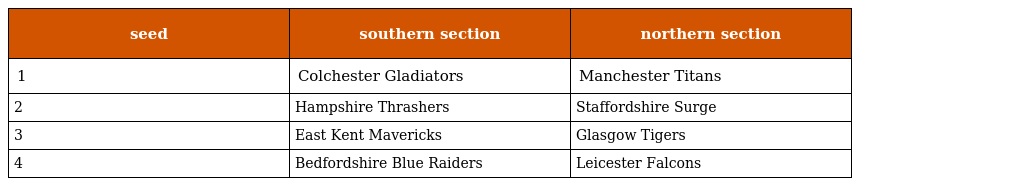
| seed | southern section | northern section |
 | --- | --- | --- |
 | 1 | Colchester Gladiators | Manchester Titans |
 | 2 | Hampshire Thrashers | Staffordshire Surge |
 | 3 | East Kent Mavericks | Glasgow Tigers |
 | 4 | Bedfordshire Blue Raiders | Leicester Falcons |